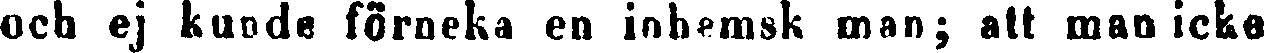
och ej kunde förneka en inhemsk man; att man icke